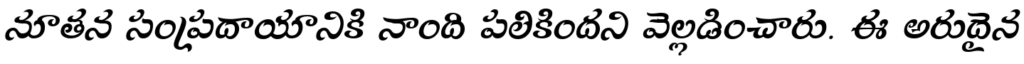
నూతన సంప్రదాయానికి నాంది పలికిందని వెల్లడించారు. ఈ అరుదైన